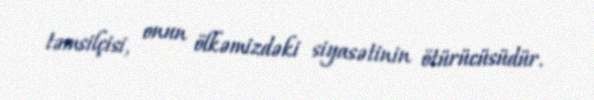
təmsilçisi, onun ölkəmizdəki siyasətinin ötürücüsüdür.